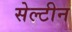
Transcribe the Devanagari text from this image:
सेल्टीन